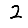
Digit: 2